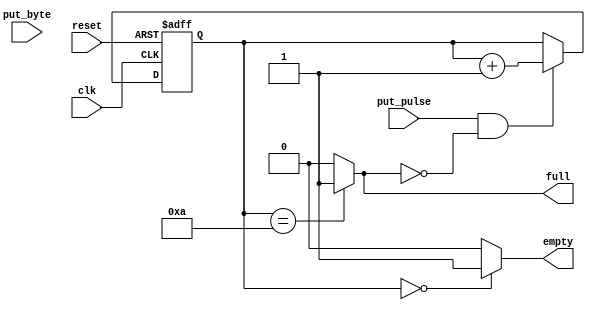
module rx_fifo(clk,reset,put_pulse,put_byte,full,empty);
input clk;
input reset;
input put_pulse;
input [7:0] put_byte;
output full/*synthesis keep*/;
output empty/*synthesis keep*/;

//the maximum capacity of fifo.
reg [7:0] array [0:9]/*synthesis noprune*/;
//remeber valid data numbers.
reg [7:0] used/*synthesis noprune*/;

//fifo is full.
assign full=(used==8'd10)?1'b1:1'b0;
//fifo is empty.
assign empty=(used==8'd0)?1'b1:1'b0;

reg [7:0] i;
always@(posedge clk or posedge reset)
begin
	if(reset) begin
				used<=8'd0;			
	          end
	else begin
			if(put_pulse && !full) begin
									array[used]<=put_byte;
									used<=used+1'b1;
			                       end
		 end
end
endmodule